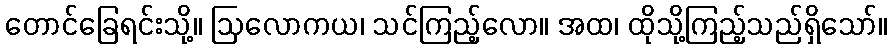
တောင်ခြေရင်းသို့။ ဩလောကယ၊ သင်ကြည့်လော။ အထ၊ ထိုသို့ကြည့်သည်ရှိသော်။